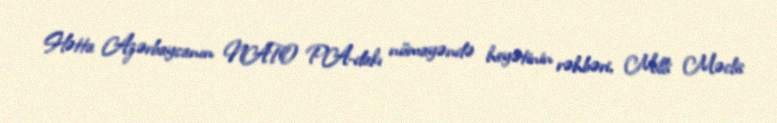
Hətta Azərbaycanın NATO PA-dakı nümayəndə heyətinin rəhbəri, Milli Məclis